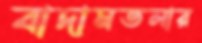
বাদামতলার